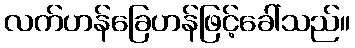
လက်ဟန်ခြေဟန်ဖြင့်ခေါ်သည်။